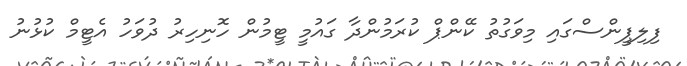
ފިލިޕީންސްގައި މިވަގުތު ކޭންޕް ކުރަމުންދާ ގައުމީ ޓީމުން ހޮނިހިރު ދުވަހު އެޓީމް ކުޅުނު